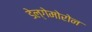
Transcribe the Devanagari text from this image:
डेल्गेमोरोन